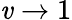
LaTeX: \mathit{v}\rightarrow1